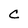
Character: C